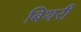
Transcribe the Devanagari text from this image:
बिथरी